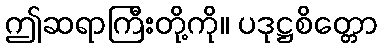
ဤဆရာကြီးတို့ကို။ ပဒုဋ္ဌစိတ္တော